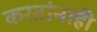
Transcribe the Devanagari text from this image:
करतांनाही